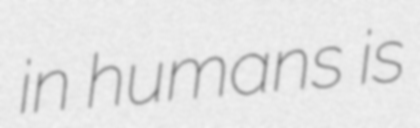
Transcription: in humans is